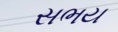
સભય